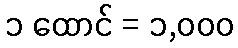
၁ ထောင် = ၁,၀၀၀